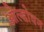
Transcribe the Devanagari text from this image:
ओल्डोवन